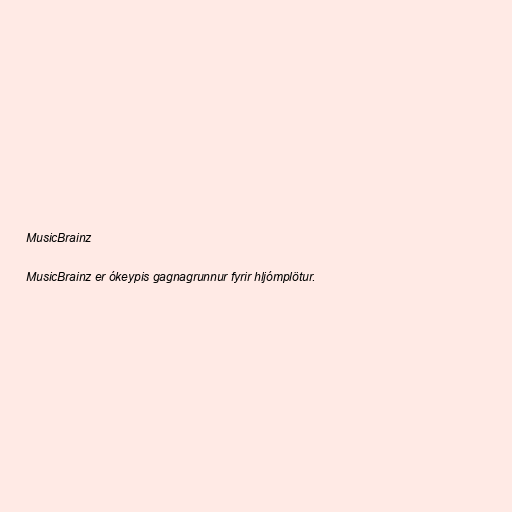
MusicBrainz

MusicBrainz er ókeypis gagnagrunnur fyrir hljómplötur.